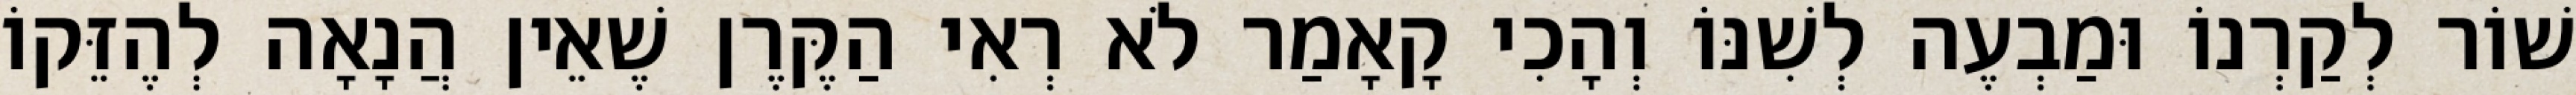
שׁוֹר לְקַרְנוֹ וּמַבְעֶה לְשִׁנּוֹ וְהָכִי קָאָמַר לֹא רְאִי הַקֶּרֶן שֶׁאֵין הֲנָאָה לְהֶזֵּקוֹ